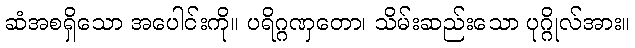
ဆံအစရှိသော အပေါင်းကို။ ပရိဂ္ဂဏှတော၊ သိမ်းဆည်းသော ပုဂ္ဂိုလ်အား။